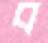
ব